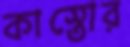
কাস্তোর